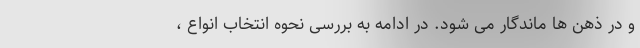
و در ذهن ها ماندگار می شود. در ادامه به بررسی نحوه انتخاب انواع ،